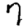
Digit: 7